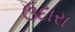
ઉદારા